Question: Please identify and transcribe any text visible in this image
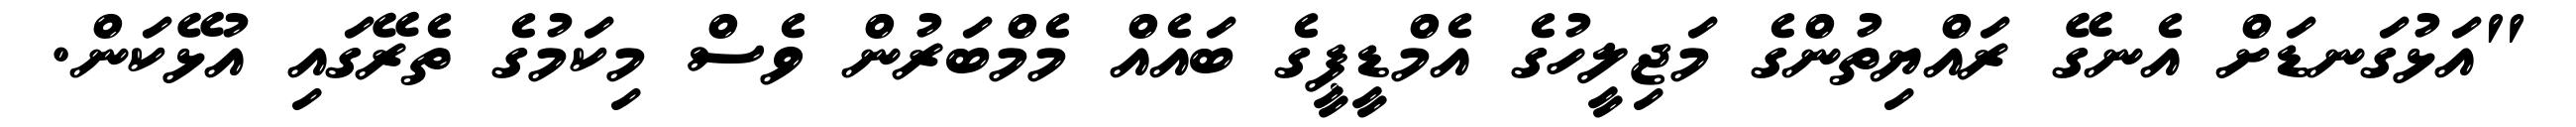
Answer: "އަޅުގަނޑަށް އެނގޭ ރައްޔިތުންގެ މަޖިލީހުގެ އެމްޑީޕީގެ ބައެއް މެމްބަރުން ވެސް މިކަމުގެ ތެރޭގައި އުޅޭކަން.